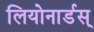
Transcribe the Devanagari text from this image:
लियोनार्डस्